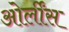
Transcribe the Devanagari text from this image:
ओर्लींस